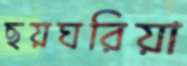
ছয়ঘরিয়া